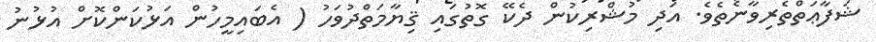
ޝަފާޢަތްތެރިވާނެތެވެ. އަދި މުޝްރިކުން ދެކޭ ގޮތުގައި ޤިޔާމަތްދުވަހު ( އެބައިމީހުން އަޅުކަންކޮށް އުޅުނު